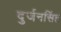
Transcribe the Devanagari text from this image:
दुर्जनसिंह